Scottish Certificate of Education, 1963
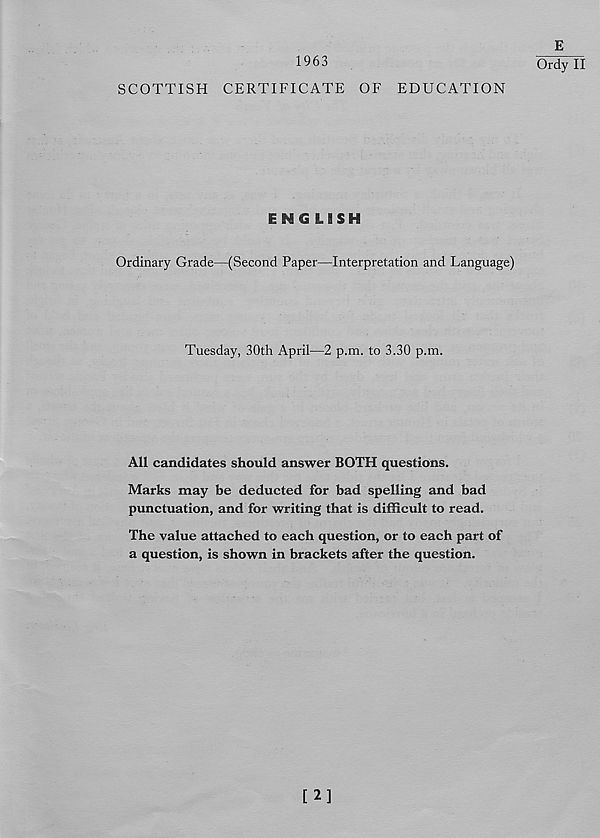
1963
SCOTTISH CERTIFICATE OF EDUCATION
ENGLISH
Ordinary Grade—(Second Paper—Interpretation and Language)
Tuesday, 30th April—2 p.m. to 3.30 p.m.
All candidates should answer BOTH questions.
Marks may be deducted for bad spelling and bad
punctuation, and for writing that is difficult to read.
The value attached to each question, or to each part of
a question, is shown in brackets after the question.
E
Ordy II
[2]